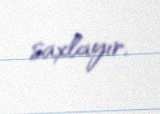
saxlayır.